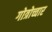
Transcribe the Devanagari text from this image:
गोत्रोच्चार